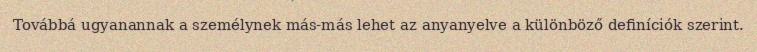
Továbbá ugyanannak a személynek más-más lehet az anyanyelve a különböző definíciók szerint.